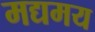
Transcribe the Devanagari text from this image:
मद्यमय